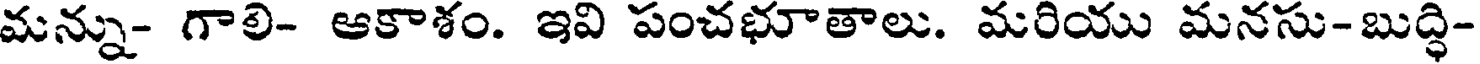
మన్ను- గాలి- ఆకాశం. ఇవి పంచభూతాలు. మరియు మనసు-బుద్ధి-